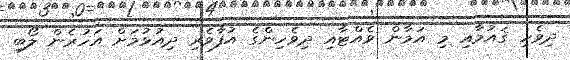
ދިވެހި ޤައުމާއި މި އަމާން ވެއްޓާއި ދިވެހިންގެ އުފާވެރި ދިއުޅުމަށް އަހުރެން ލޯބި